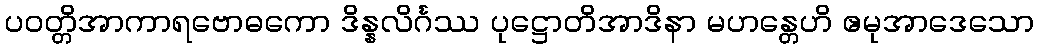
ပဝတ္တိအာကာရဗောဓကော ဒိန္နလိင်္ဂဿ ပုဋ္ဌောတိအာဒိနာ မဟန္တေဟိ ဧမုအာဒေသော